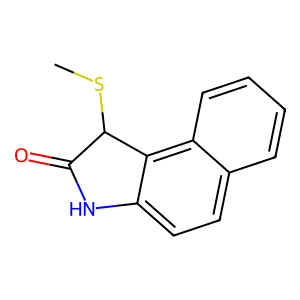
SMILES: CSC1C(=O)Nc2ccc3ccccc3c21
Inhibits HIV replication: No